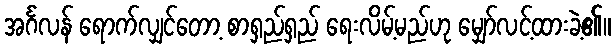
အင်္ဂလန် ရောက်လျှင်တော့ စာရှည်ရှည် ရေးလိမ့်မည်ဟု မျှော်လင့်ထားခဲ့၏။